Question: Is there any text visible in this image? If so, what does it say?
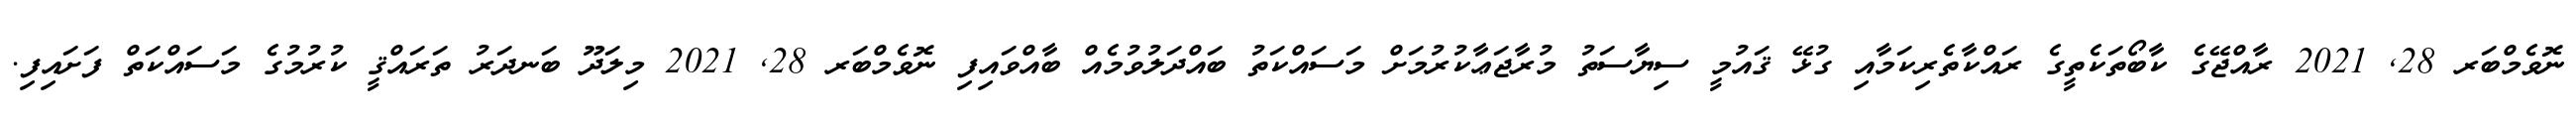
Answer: ނޮވެމްބަރ 28, 2021 ރާއްޖޭގެ ކާބޯތަކެތީގެ ރައްކާތެރިކަމާއި ގުޅޭ ޤައުމީ ސިޔާސަތު މުރާޖަޢާކުރުމަށް މަސައްކަތު ބައްދަލުވުމެއް ބާއްވައިފި ނޮވެމްބަރ 28, 2021 މިލަދޫ ބަނދަރު ތަރައްޤީ ކުރުމުގެ މަސައްކަތް ފަށައިފި.